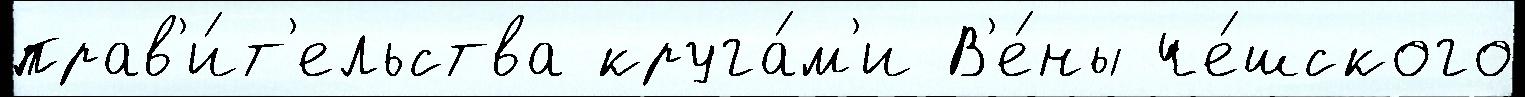
прав'и́т'ельства круга́м'и В'е́ны че́шского